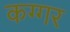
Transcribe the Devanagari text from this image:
कग्गर